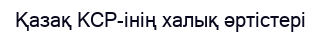
Қазақ КСР-інің халық әртістері